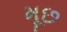
મૂછ